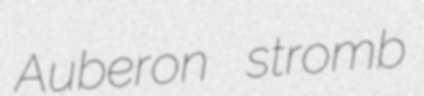
Auberon stromb